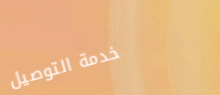
خدمة التوصيل